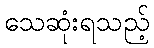
သေဆုံးရသည့်